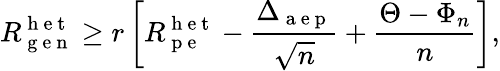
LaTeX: R_{\mathrm{~g~e~n~}}^{\mathrm{~h~e~t~}}\geq r\left[R_{\mathrm{~p~e~}}^{\mathrm{~h~e~t~}}-\frac{\Delta_{\mathrm{~a~e~p~}}}{\sqrt{n}}+\frac{\Theta-\Phi_{n}}{n}\right],